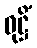
ဝုဋ္ဌိံ